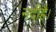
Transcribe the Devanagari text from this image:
नदीहै।